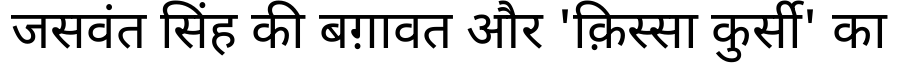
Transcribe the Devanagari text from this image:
जसवंत सिंह की बग़ावत और 'क़िस्सा कुर्सी' का